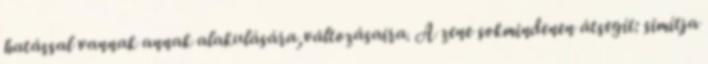
hatással vannak annak alakulására,változásaira. A zene sokmindenen átsegít: simítja